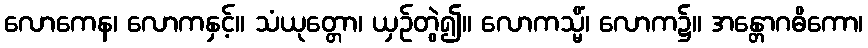
လောကေန၊ လောကနှင့်။ သံယုတ္တော၊ ယှဉ်တွဲ၍။ လောကသ္မိံ၊ လောက၌။ အန္တောဂဓိကော၊